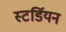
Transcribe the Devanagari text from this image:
स्टर्डियन